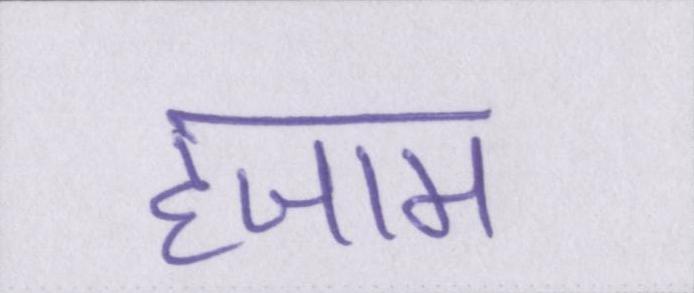
हजाम